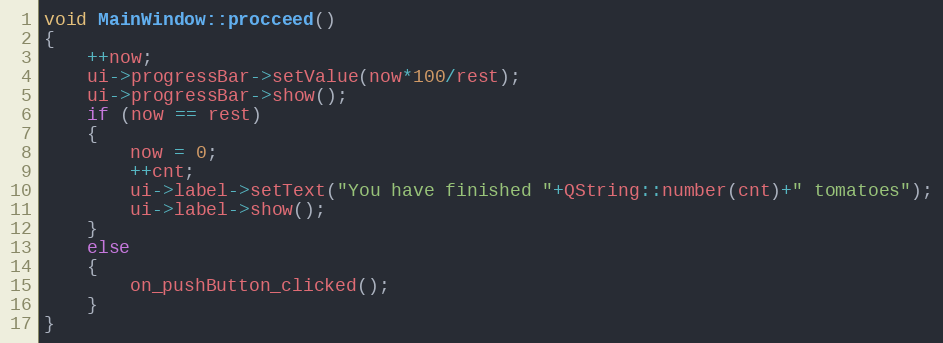
Language: C++
void MainWindow::procceed()
{
    ++now;
    ui->progressBar->setValue(now*100/rest);
    ui->progressBar->show();
    if (now == rest)
    {
        now = 0;
        ++cnt;
        ui->label->setText("You have finished "+QString::number(cnt)+" tomatoes");
        ui->label->show();
    }
    else
    {
        on_pushButton_clicked();
    }
}